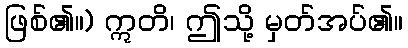
ဖြစ်၏။) ဣတိ၊ ဤသို့ မှတ်အပ်၏။